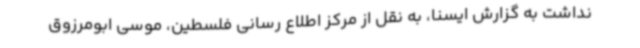
نداشت به گزارش ایسنا، به نقل از مرکز اطلاع رسانی فلسطین، موسی ابومرزوق